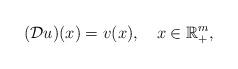
LaTeX: \begin{align*}({\mathcal D}u)(x)=v(x),~~~x\in\mathbb R^m_+,\end{align*}